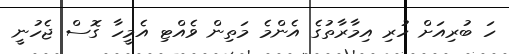
ހަ ބުރިއަށް ހުރި އިމާރާތުގެ އެންމެ މަތިން ވެއްޓި އެމީހާ ގޮސް ޖެހުނީ